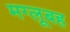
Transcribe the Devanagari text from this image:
मग्लूबह